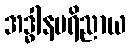
အဒ္ဓါနပရိညာယ